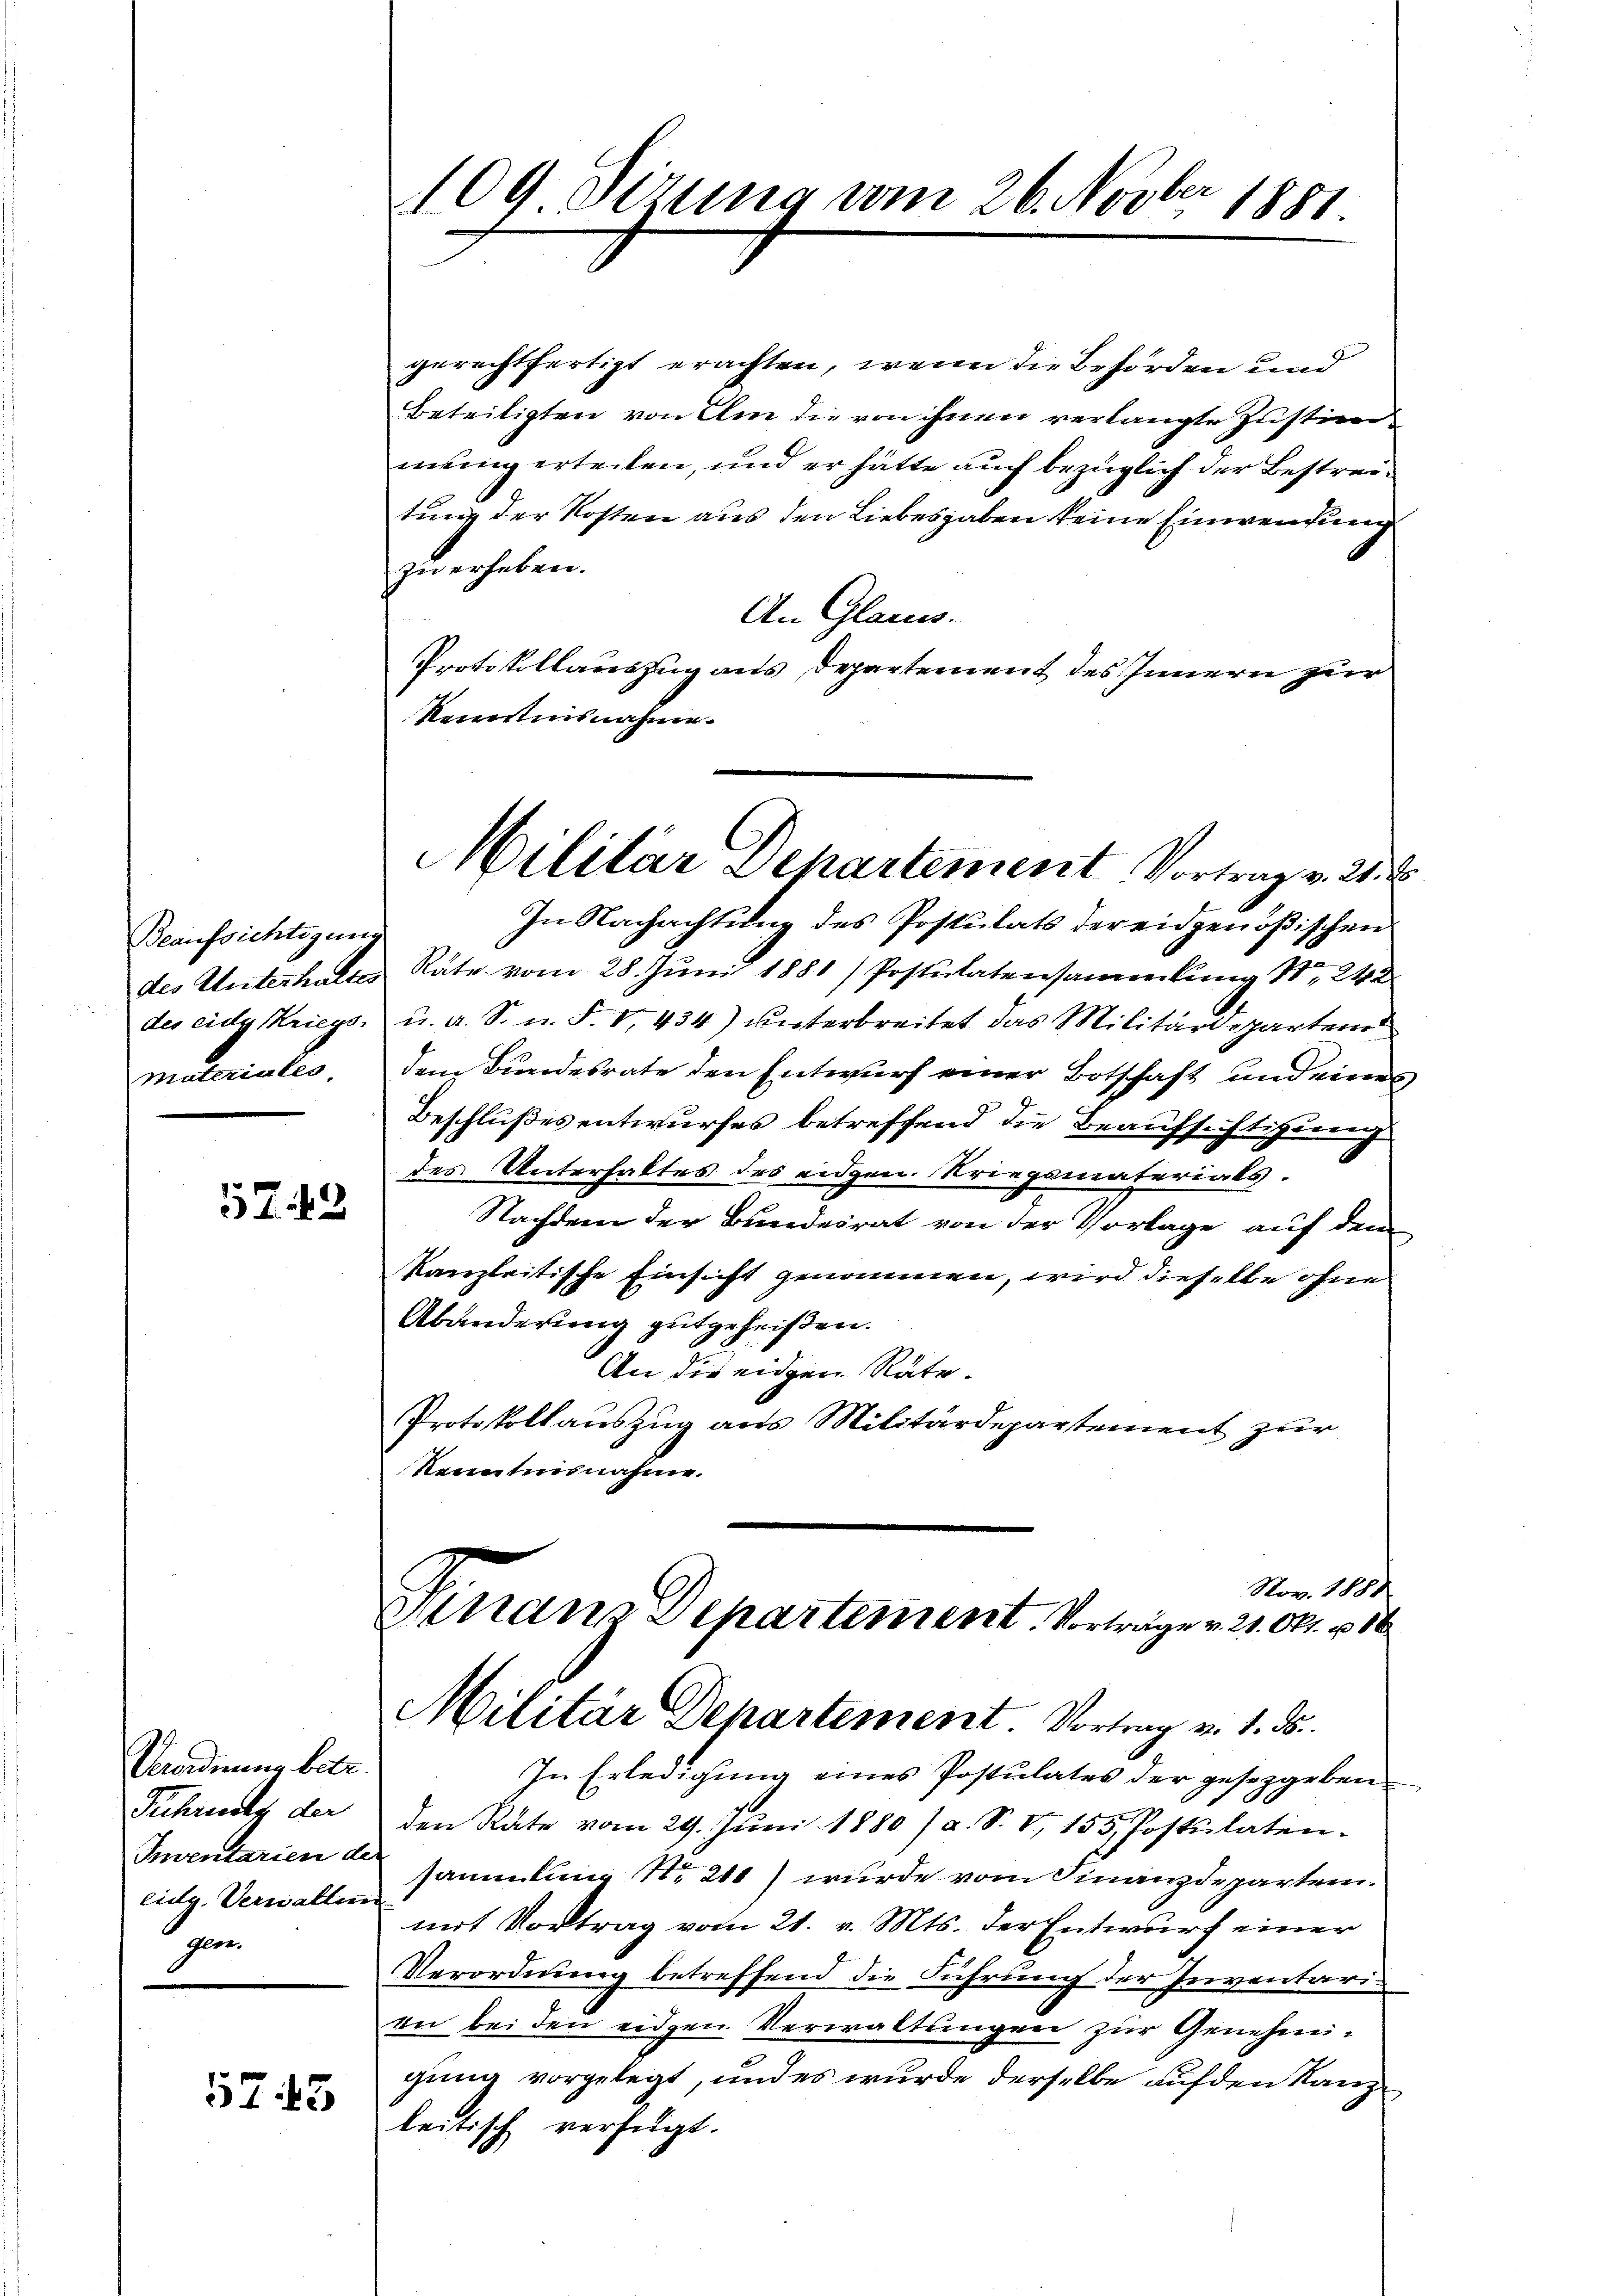
Beaufsichtigung
des Unterhaltes
materiales

57. 43

Verordnung betr.
Fuhrend der
Inventarien de
eidg. Verwalten
gen

5745

109. Sizung vom 26. Novber 1881

gerechtfertigt erachten, wenn die Behörden und
Beteiligten von Um die von ihnen verlangte Justimmmung erteilen, und er hätte auch bezüglich der Bestreitung der Kosten aus den Liebesgaben keine Einwendung
zu erheben.
An Glarus.
Protokollauszug aus Departement des Innern zur
Kenntnisnahme.
In Nachachtung des Postulats der eidgenößischen
Räte vom 28. Juni 1881/ Postulatensammlung N. 242
des eidg Kriegs, u. a. S. n. F. V. 434) unterbreitet das Militärdeparten
dem Bundesrate den Entwurf einer Botschaft und eines
Beschlußes entwurfes betreffend die Beaufsichtigung
des Unterhaltes des eidgen. Kriegsmaterials.
Nachdem der Bundesrat von der Vorlage auf dem
kanzleitische Einsicht genommen, wird dieselbe ohne
Abänderung gutgeheißen.
An die eidgen. Räte.
Protokollauszug aus Militärdepartement zur
Kenntnisnahme.
Nov. 1881
Finanz Departement. Vorträge v. 21. Okt. 116
Militär Departement. Vortrag v. 1. ds.
In Erledigung eines Postulates der gesetzgeben
den Rate vom 29. Jŭni 1880 / a. S. V. 155. Postulaten.
sammlung Nr. 210) wurde vom Finanzdeparten.
mit Vortrag vom 21. v. Mts. der Entwurf einer
Verordnung betreffend die Führung der Inventaris
an bei den eidgen Verwaltungen zur Genehmigung vorgelegt, und es wurde derselbe auf den Kanzleitisch verfügt.

Militär Departement Vortrag v. 21. 2